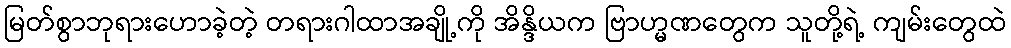
မြတ်စွာဘုရားဟောခဲ့တဲ့ တရားဂါထာအချို့ကို အိန္ဒိယက ဗြာဟ္မဏတွေက သူတို့ရဲ့ ကျမ်းတွေထဲ